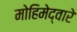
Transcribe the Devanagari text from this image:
मोहिमेद्वारे